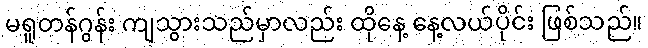
မရူတန်ဂွန်း ကျသွားသည်မှာလည်း ထိုနေ့ နေ့လယ်ပိုင်း ဖြစ်သည်။